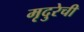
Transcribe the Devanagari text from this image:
मृदुरेची